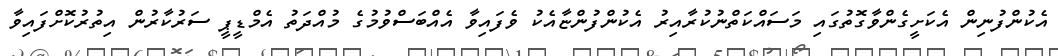
އެކުންފުނިން އެކަށީގެންވާގޮތުގައި މަސައްކަތްނުކުރާއިރު އެކުންފުންޏާއެކު ވެފައިވާ އެއްބަސްވުމުގެ މުއްދަތު އެމްޑީޕީ ސަރުކާރުން އިތުރުކޮށްފައިވާ